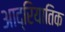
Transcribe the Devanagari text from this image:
आद्रियातिक